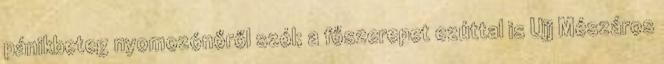
pánikbeteg nyomozónőről szól; a főszerepet ezúttal is Ujj Mészáros